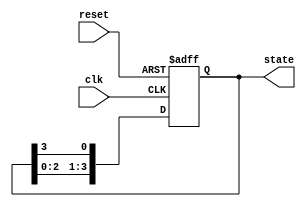
module ring_counter (
    input wire clk,         // Clock input
    input wire reset,       // Asynchronous reset
    output reg [3:0] state  // 4-bit output representing the state of the ring counter
);

// Asynchronous reset and state transition logic
always @(posedge clk or posedge reset) begin
    if (reset) begin
        // Asynchronous reset: Initialize to State 0 (0001)
        state <= 4'b0001;
    end else begin
        // Shift the '1' bit to the right
        state <= {state[2:0], state[3]}; // Shift left and wrap around
    end
end

endmodule